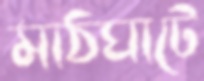
মাঠঘাটে